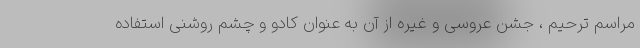
مراسم ترحیم ، جشن عروسی و غیره از آن به عنوان کادو و چشم روشنی استفاده